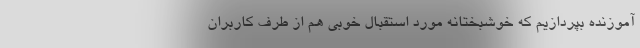
آموزنده بپردازیم که خوشبختانه مورد استقبال خوبی هم از طرف کاربران